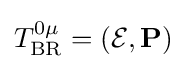
T_{\rm {BR}}^{0\mu }=({\mathcal {E}},{\mathbf {P} })